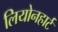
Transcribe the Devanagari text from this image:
लियोनहार्ट